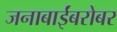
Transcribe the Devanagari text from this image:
जनाबाईंबरोबर